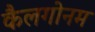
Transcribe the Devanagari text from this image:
कैलगोनम